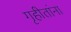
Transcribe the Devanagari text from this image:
गृहीतांना